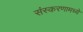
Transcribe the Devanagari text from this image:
संस्करणामध्ये